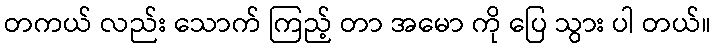
တကယ် လည်း သောက် ကြည့် တာ အမော ကို ပြေ သွား ပါ တယ်။